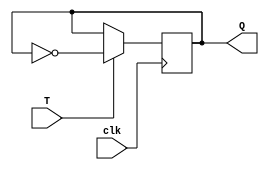
module T_ff (
  input clk,
  input T,
  output reg Q
);

always @(posedge clk) begin
  if (T == 1'b1) begin
    Q <= ~Q;
  end
end

endmodule